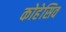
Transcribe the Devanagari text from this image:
कोहेसिव